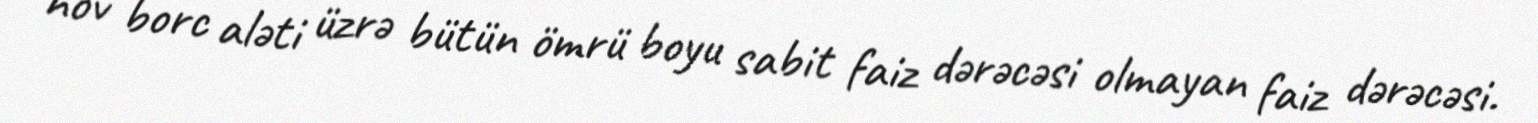
növ borc aləti üzrə bütün ömrü boyu sabit faiz dərəcəsi olmayan faiz dərəcəsi.